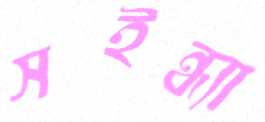
সইন্ধ্যা